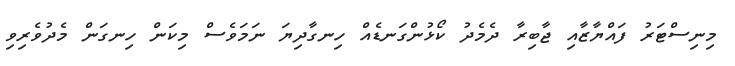
މިނިސްޓަރު ފައްޔާޒާއި ޖާބިރާ ދެމެދު ކޯޅުންގަނޑެއް ހިނގާދިޔަ ނަމަވެސް މިކަން ހިނގަން މެދުވެރިވި